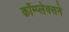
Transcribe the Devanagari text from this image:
कॉम्प्लेक्सने